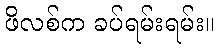
ဖိလစ်က ခပ်ရမ်းရမ်း။